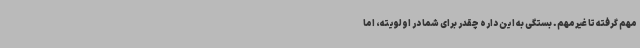
مهم گرفته تا غیرمهم. بستگی به این داره چقدر برای شما در اولویته، اما